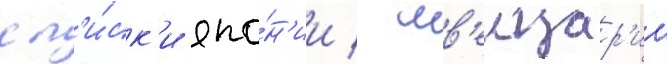
сп'и́ск'и япо́н'ии / шв'еицар'ии